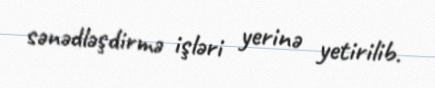
sənədləşdirmə işləri yerinə yetirilib.